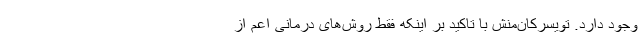
وجود دارد. تویسرکان‌منش با تاکید بر اینکه فقط روش‌های درمانی اعم از